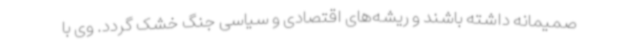
صمیمانه داشته باشند و ریشه‌های اقتصادی و سیاسی جنگ خشک گردد. وی با